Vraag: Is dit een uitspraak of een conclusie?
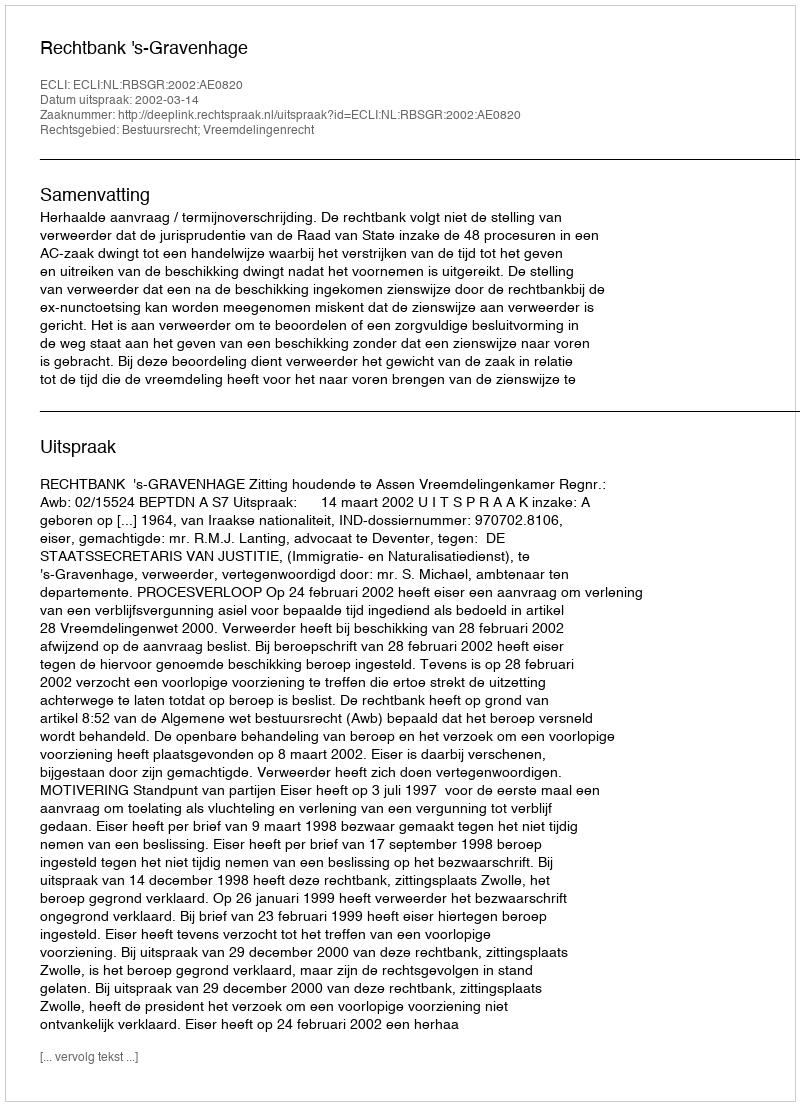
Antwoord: Uitspraak